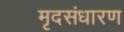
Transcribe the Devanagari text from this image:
मृदसंधारण